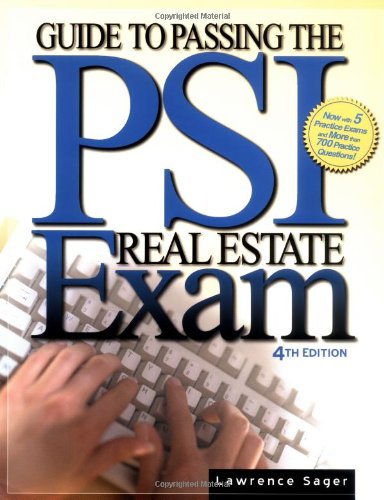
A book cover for Guide to Passing the Psi Real Estate Exam; Lawrence Sager; Business & Money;